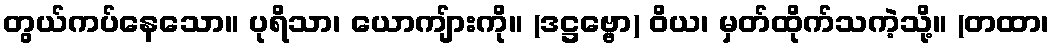
တွယ်ကပ်နေသော။ ပုရိသာ၊ ယောကျ်ားကို။ (ဒဋ္ဌဗ္ဗော) ဝိယ၊ မှတ်ထိုက်သကဲ့သို့။ (တထာ၊